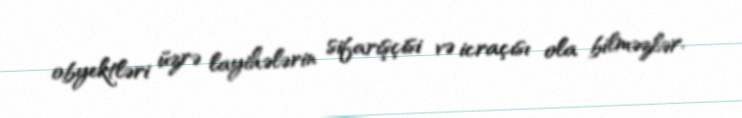
obyektləri üzrə layihələrin sifarişçisi və icraçısı ola bilməzlər.